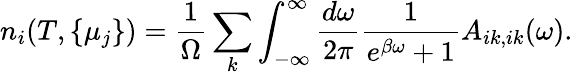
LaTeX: n_{i}(T,\{ \mu_{j}\} )=\frac{1}{\Omega}\sum_{k}\int_{-\infty}^{\infty}\frac{d\omega}{2\pi}\frac{1}{e^{\beta\omega}+1}A_{ik,ik}(\omega).